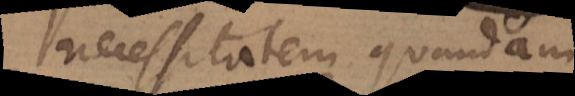
necessitatem quandam